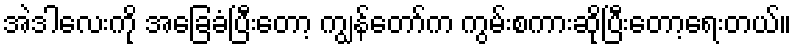
အဲဒါလေးကို အခြေခံပြီးတော့ ကျွန်တော်က ကွမ်းစကားဆိုပြီးတော့ရေးတယ်။